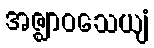
အဇ္ဈာဝသေယျံ